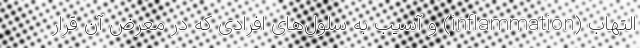
التهاب (inflammation) و آسیب به سلول‌های افرادی که در معرض آن قرار